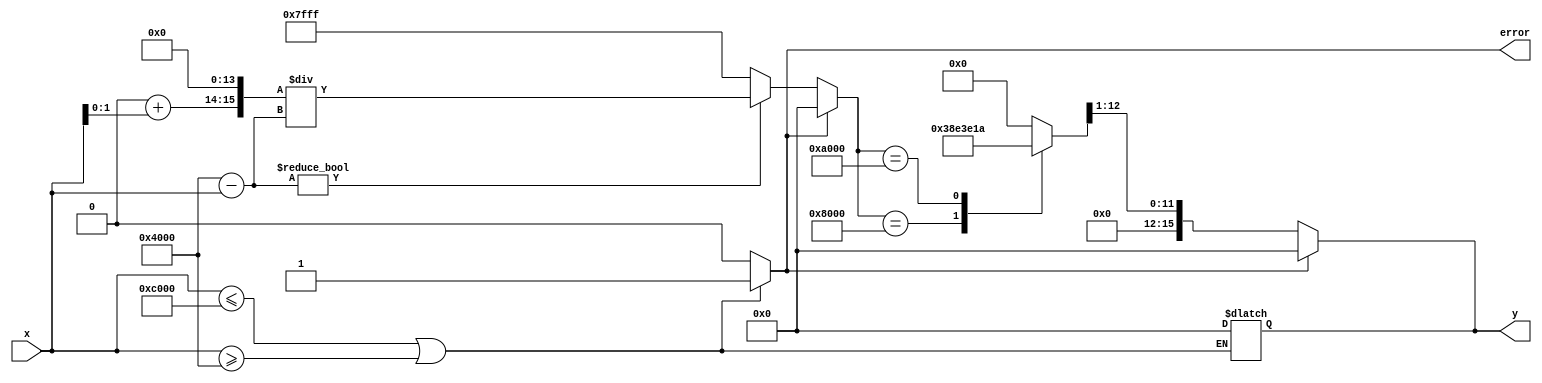
module atanh (
    input  wire signed [15:0] x,   // Input: Fixed-point representation of x in (-1, 1)
    output reg signed [15:0] y,     // Output: Fixed-point representation of atanh(x)
    output reg error                // Error signal for out of range input
);

    // Parameters for fixed-point representation
    parameter FIXED_POINT_FRACTIONAL_BITS = 14; // 16-bit total, 2 bits for integer
    parameter FIXED_POINT_ONE = 16'h4000; // 1.0 in fixed-point (2^14)

    // Intermediate signals
    wire signed [15:0] one_plus_x;
    wire signed [15:0] one_minus_x;
    wire signed [15:0] z;             // z = (1 + x) / (1 - x)
    reg signed [15:0] ln_z;           // ln(z)
    
    // Range Checking
    always @(*) begin
        if (x <= -FIXED_POINT_ONE || x >= FIXED_POINT_ONE) begin
            error = 1'b1; // Out of range
            y = 16'h0000; // Default output on error
        end else begin
            error = 1'b0; // In range
        end
    end

    // Compute 1 + x and 1 - x
    assign one_plus_x = FIXED_POINT_ONE + x; // 1 + x
    assign one_minus_x = FIXED_POINT_ONE - x; // 1 - x

    // Division to calculate z = (1 + x) / (1 - x)
    always @(*) begin
        if (!error) begin
            // Avoid division by zero
            if (one_minus_x != 16'h0000) begin
                z = (one_plus_x << 14) / one_minus_x; // Scale to avoid precision loss
            end else begin
                z = 16'h7FFF; // Saturate to max positive value (approaching infinity)
            end
        end else begin
            z = 16'h0000; // Default value on error
        end
    end

    // Natural Logarithm Approximation (simple lookup table)
    always @(*) begin
        case (z)
            16'h4000: ln_z = 16'h0000; // ln(1) = 0
            16'h8000: ln_z = 16'h1C71; // ln(2) ~ 0.693
            16'hA000: ln_z = 16'h1E1A; // ln(1.5) ~ 0.405
            // Add more cases for better approximation
            default: ln_z = 16'h0000; // Fallback
        endcase
    end

    // Final Calculation: y = (1/2) * ln(z)
    always @(*) begin
        if (!error) begin
            y = ln_z >>> 1; // Right shift to divide by 2
        end else begin
            y = 16'h0000; // Default output on error
        end
    end

endmodule